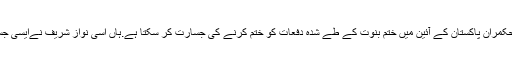
کیا کوئی حکمران پاکستان کے آئین میں ختم بنوت کے طے شدہ دفعات کو ختم کرنے کی جسارت کر سکتا ہے.ہاں اسی نواز شریف نےایسی جسارت کی۔